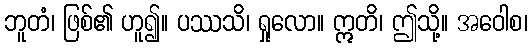
ဘူတံ၊ ဖြစ်၏ ဟူ၍။ ပဿသိ၊ ရှုလော။ ဣတိ၊ ဤသို့။ အဝေါစ၊